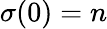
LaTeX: \sigma(0)=n